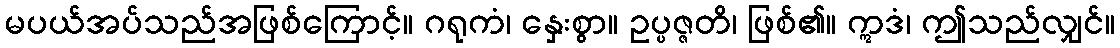
မပယ်အပ်သည်အဖြစ်ကြောင့်။ ဂရုကံ၊ နှေးစွာ။ ဥပ္ပဇ္ဇတိ၊ ဖြစ်၏။ ဣဒံ၊ ဤသည်လျှင်။